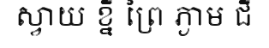
ស្វាយ ខ្នី ព្រៃ ភ្ងាម ជី